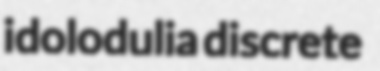
idolodulia discrete